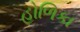
હોળિકા